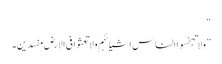
“
”ولا تبخسوا الناس اشیائہم ولا تعثوا فی الارض مفسدین۔